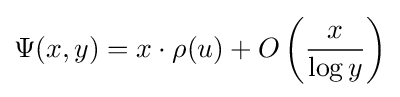
\Psi (x,y)=x\cdot \rho (u)+O\left({\frac {x}{\log y}}\right)